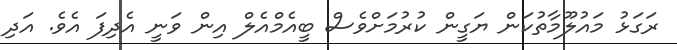
ރަގަޅު މައުލޫމާތުކަން ޔަގީން ކުރުމަށްވެސް ބީއެމްއެލް އިން ވަނީ އެދިފަ އެވެ. އަދި